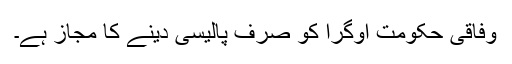
وفاقی حکومت اوگرا کو صرف پالیسی دینے کا مجاز ہے۔